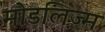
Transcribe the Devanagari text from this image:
मोडलिज्म